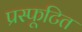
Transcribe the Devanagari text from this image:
प्रस्फूटित